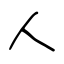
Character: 人